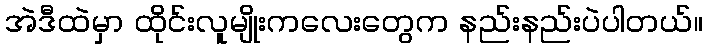
အဲဒီထဲမှာ ထိုင်းလူမျိုးကလေးတွေက နည်းနည်းပဲပါတယ်။